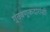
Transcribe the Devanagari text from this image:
गुंतवणूकदारांशी